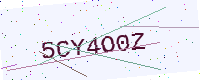
Text: 5CY4O0Z